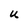
Character: u